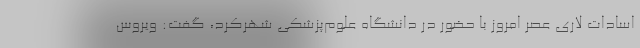
اسادات لاری عصر امروز با حضور در دانشگاه علوم‌پزشکی شهرکرد، گفت: ویروس